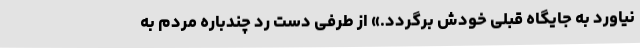
نیاورد به جایگاه قبلی خودش برگردد.» از طرفی دست رد چندباره مردم به